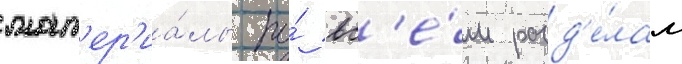
мат'ер'иа́лы по́ вс'е́м разд'е́лам